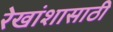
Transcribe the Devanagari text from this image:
रेखांशासाठी